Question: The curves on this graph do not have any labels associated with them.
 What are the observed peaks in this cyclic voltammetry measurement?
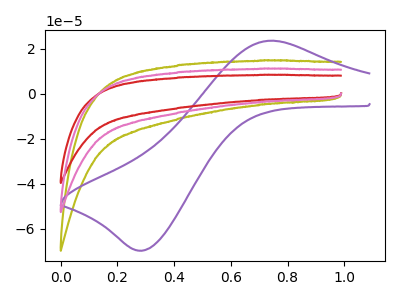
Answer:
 <answer>The olive curve "olive" has no peaks. The purple curve "purple" has an anodic peak at (0.75V, 23.55uA) and a cathodic peak at (0.30V, -69.60uA). The red curve "red" has no peaks. The pink curve "pink" has no peaks.</answer>
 <eval></eval>